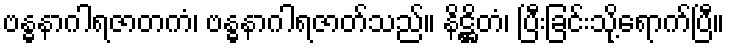
ဗန္ဓနာဂါရဇာတကံ၊ ဗန္ဓနာဂါရဇာတ်သည်။ နိဋ္ဌိတံ၊ ပြီးခြင်းသို့ရောက်ပြီ။